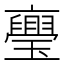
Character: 𭺏